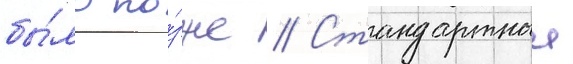
бы́ло по́зже // Стандартныи